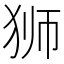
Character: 狮